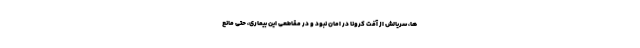
ها، سریالش از آفت کرونا در امان نبود و در مقاطعی این بیماری، حتی مانع